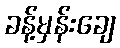
ခန့်မှန်းချေ